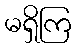
မရှိကြ